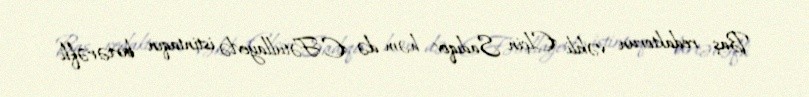
Baş redaktorun vəkili Elçin Sadıqov həm də E.Fətullayevlə istintaqın birtərəfli